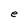
Character: e